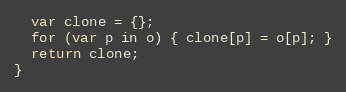
Language: JavaScript
  var clone = {};
  for (var p in o) { clone[p] = o[p]; }
  return clone;
}